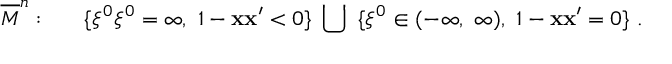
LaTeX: \overline { { { M } } } ^ { n } : ~ ~ ~ ~ ~ \{ \xi ^ { 0 } \xi ^ { 0 } = \infty , ~ 1 - { \bf x x } ^ { \prime } < 0 \} ~ \bigcup ~ \{ \xi ^ { 0 } \in ( - \infty , ~ \infty ) , ~ 1 - { \bf x x } ^ { \prime } = 0 \} ~ .